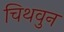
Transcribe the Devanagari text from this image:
चिथवुन